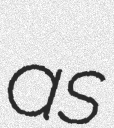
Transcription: as